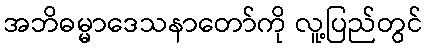
အဘိဓမ္မာဒေသနာတော်ကို လူ့ပြည်တွင်